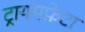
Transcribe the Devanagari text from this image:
ट्रायमफ़ेटा